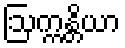
ဩက္ကန္တိယာ